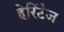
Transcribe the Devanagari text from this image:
हेरिटैज